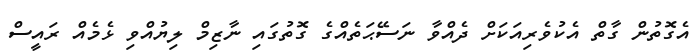
އެގޮތުން ގާތް އެކުވެރިއަކަށް ދެއްވާ ނަސޭޙަތެއްގެ ގޮތުގައި ނާޒިމް ލިޔުއްވި ޅެމެއް ރައީސް